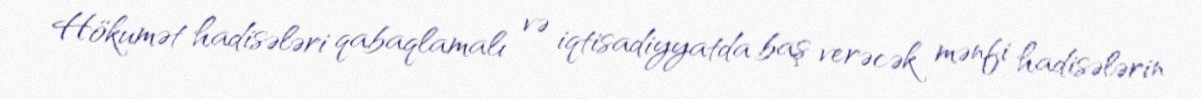
Hökumət hadisələri qabaqlamalı və iqtisadiyyatda baş verəcək mənfi hadisələrin